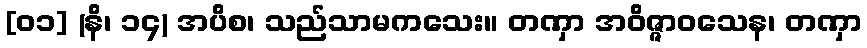
[၀၁] (နိ၊ ၁၄) အပိစ၊ သည်သာမကသေး။ တဏှာ အဝိဇ္ဇာဝသေန၊ တဏှာ